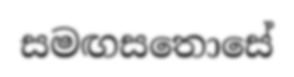
සමඟසතොසේ